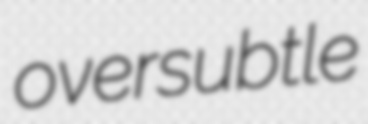
oversubtle